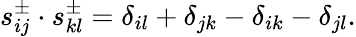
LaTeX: s_{ij}^{\pm}\cdot s_{kl}^{\pm}=\delta_{il}+\delta_{jk}-\delta_{ik}-\delta_{jl}.